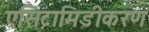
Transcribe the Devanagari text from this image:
एसिटामिडीकरण